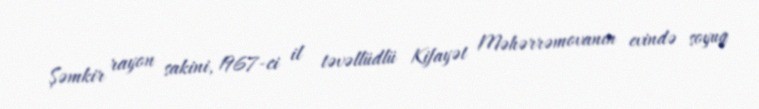
Şəmkir rayon sakini, 1967-ci il təvəllüdlü Kifayət Məhərrəmovanın evində soyuq